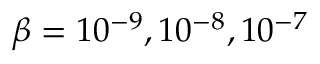
\beta = 1 0 ^ { - 9 } , 1 0 ^ { - 8 } , 1 0 ^ { - 7 }